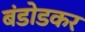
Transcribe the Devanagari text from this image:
बंडोडकर